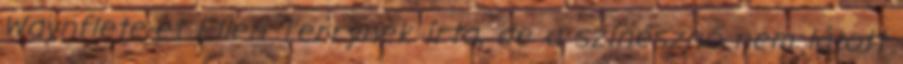
Waynflete-et Ellen Terrynek írta, de a színésznő nem látott